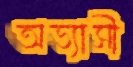
অভ্যাসী